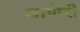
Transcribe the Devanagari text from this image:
बाणेरी